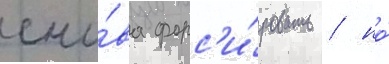
сно́ва форс'и́ровать / но́